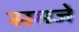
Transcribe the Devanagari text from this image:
समजे